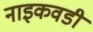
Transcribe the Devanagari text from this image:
नाइकवडी